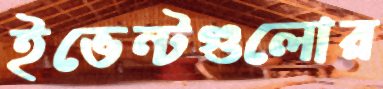
ইভেন্টগুলোর